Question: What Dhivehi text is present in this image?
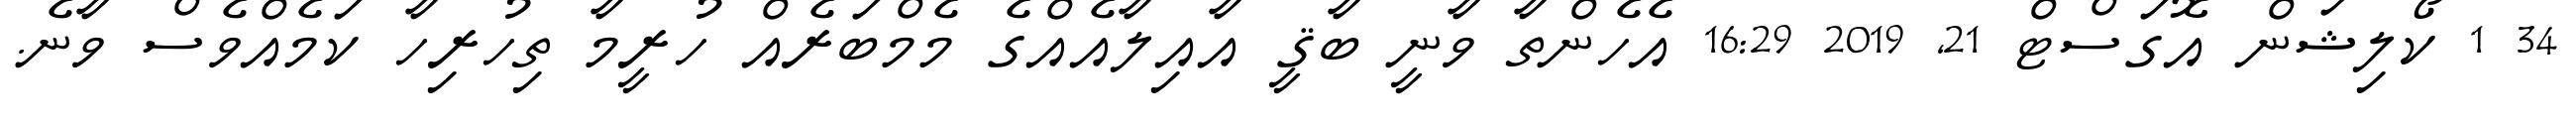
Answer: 34 1 ކޯލިޝަން އޮގަސްޓް 21, 2019 16:29 އެހެންތާ ވާނީ ބާޤީ އާއިލާއެއްގެ މެމްބަރެއް ހުރީމާ ތިހުރިހާ ކަމެއްވެސް ވާނެ.